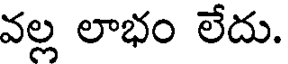
వల్ల లాభం లేదు.